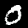
Label: 0